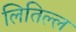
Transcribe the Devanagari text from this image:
लितिल्ल